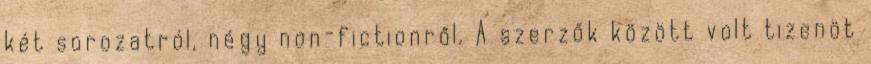
két sorozatról, négy non-fictionről. A szerzők között volt tizenöt